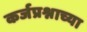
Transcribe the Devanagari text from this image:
कर्जप्रश्नाच्या